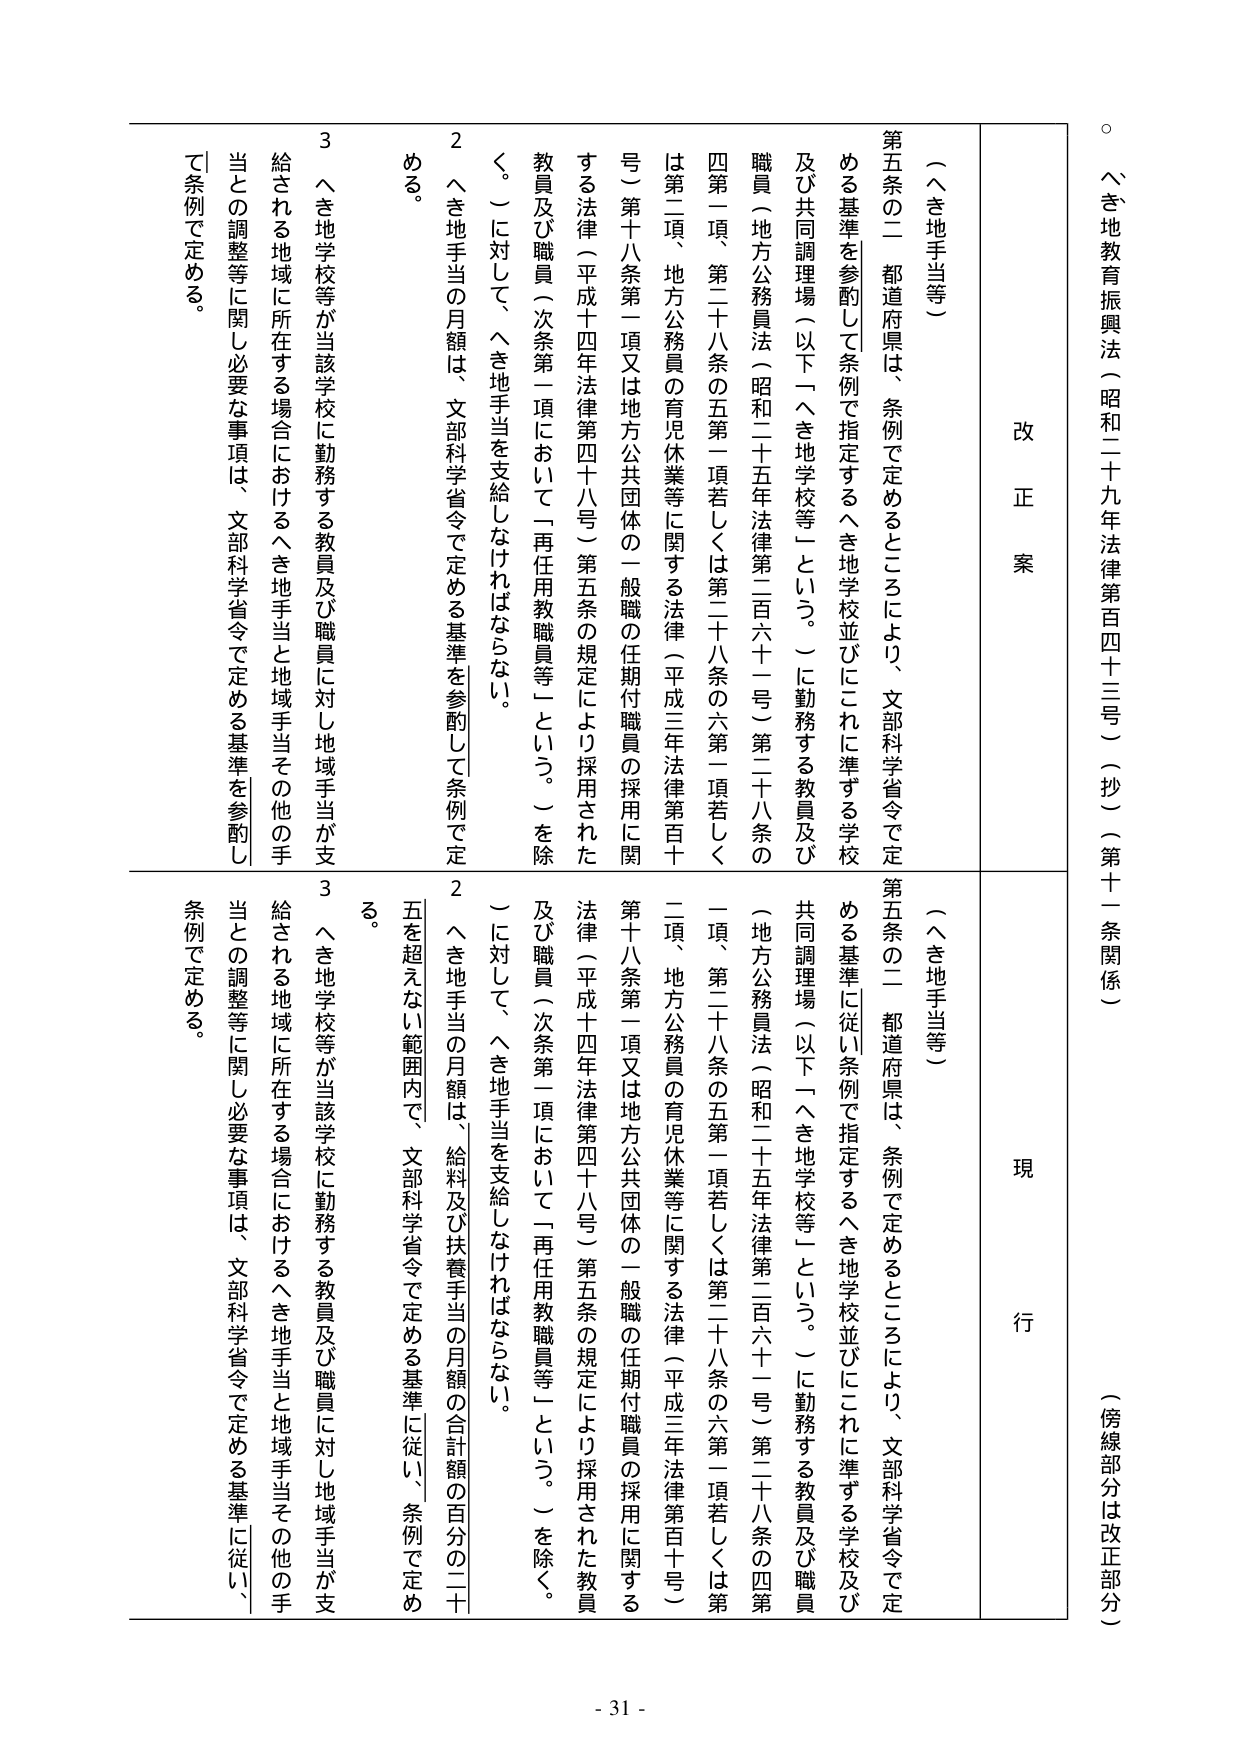
○ へき地教育振興法（昭和二十九年法律第百四十三号）（抄）（第十一条関係）
（傍線部分は改正部分）

改正案
現行

（へき地手当等）
第五条の二 都道府県は、条例で定めるところにより、文部科学省令で定める基準を参酌して条例で指定するへき地学校並びにこれに準ずる学校及び共同調理場（以下「へき地学校等」という。）に勤務する教員及び職員（地方公務員法（昭和二十五年法律第二百六十一号）第二十八条の四第一項、第二十八条の五第一項若しくは第二十八条の六第一項若しくは第二項、地方公務員の育児休業等に関する法律（平成三年法律第百十号）第十八条第一項又は地方公共団体の一般職の任期付職員の採用に関する法律（平成十四年法律第四十八号）第五条の規定により採用された教員及び職員（次条第一項において「再任用教職員等」という。）を除く。）に対して、へき地手当を支給しなければならない。
２ へき地手当の月額は、文部科学省令で定める基準を参酌して条例で定める。
３ へき地学校等が当該学校に勤務する教員及び職員に対し地域手当が支給される地域に所在する場合におけるへき地手当と地域手当その他の手当との調整等に関し必要な事項は、文部科学省令で定める基準を参酌して条例で定める。

（へき地手当等）
第五条の二 都道府県は、条例で定めるところにより、文部科学省令で定める基準に従い条例で指定するへき地学校並びにこれに準ずる学校及び共同調理場（以下「へき地学校等」という。）に勤務する教員及び職員（地方公務員法（昭和二十五年法律第二百六十一号）第二十八条の四第一項、第二十八条の五第一項若しくは第二十八条の六第一項若しくは第二項、地方公務員の育児休業等に関する法律（平成三年法律第百十号）第十八条第一項又は地方公共団体の一般職の任期付職員の採用に関する法律（平成十四年法律第四十八号）第五条の規定により採用された教員及び職員（次条第一項において「再任用教職員等」という。）を除く。）に対して、へき地手当を支給しなければならない。
２ へき地手当の月額は、給料及び扶養手当の月額の合計額の百分の二十五を超えない範囲内で、文部科学省令で定める基準に従い、条例で定める。
３ へき地学校等が当該学校に勤務する教員及び職員に対し地域手当が支給される地域に所在する場合におけるへき地手当と地域手当その他の手当との調整等に関し必要な事項は、文部科学省令で定める基準に従い、条例で定める。

- 31 -